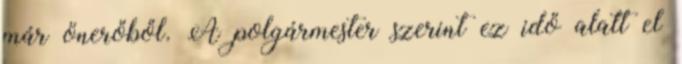
már önerőből. A polgármester szerint ez idő alatt el